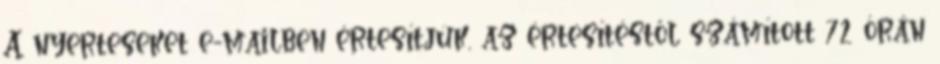
A nyerteseket e-mailben értesítjük, az értesítéstől számított 72 órán